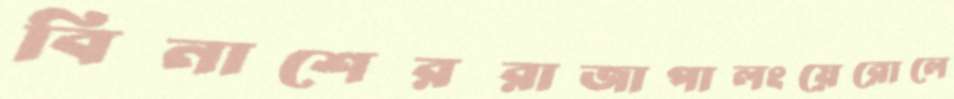
বিনাশেররাজাপালংয়েরোলে